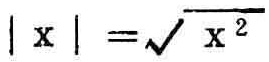
\(\vert x \vert = \sqrt{x^{2}}\)